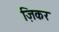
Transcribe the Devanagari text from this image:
ज़िकर